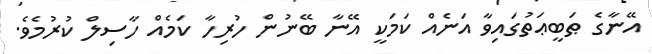
އޭނާގެ ޠަބީޢަތުގައިވާ އަނެއް ކަމަކީ އޭނާ ބޭނުން ހުރިހާ ކަމެއް ހާސިލް ކުރުމެވެ.